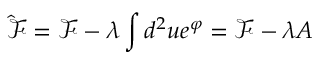
\hat { \mathcal F } = \mathcal F - \lambda \int d ^ { 2 } u e ^ { \varphi } = \mathcal F - \lambda A